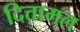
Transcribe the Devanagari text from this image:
दित्तामल